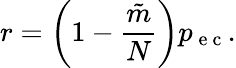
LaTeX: r=\left(1-\frac{\tilde{m}}{N}\right)p_{\mathrm{~e~c~}}.